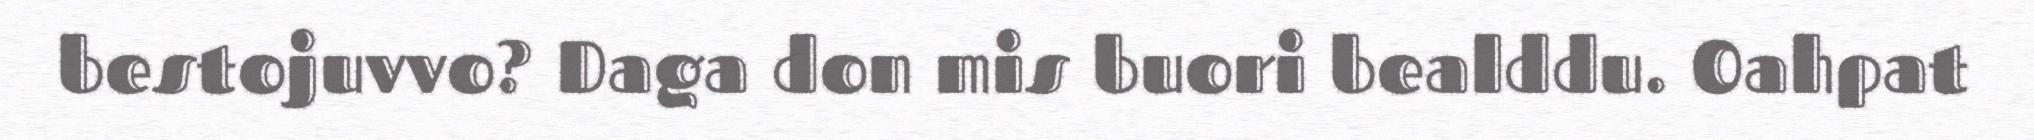
bestojuvvo? Daga don mis buori bealddu. Oahpat